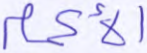
الأكمام